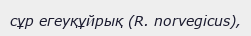
сұр егеуқұйрық (R. norvegicus),